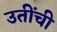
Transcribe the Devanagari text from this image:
उतींची